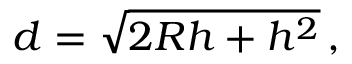
d = { \sqrt { 2 R h + h ^ { 2 } } } \, ,